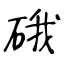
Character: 硪